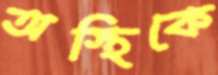
অস্থিকে